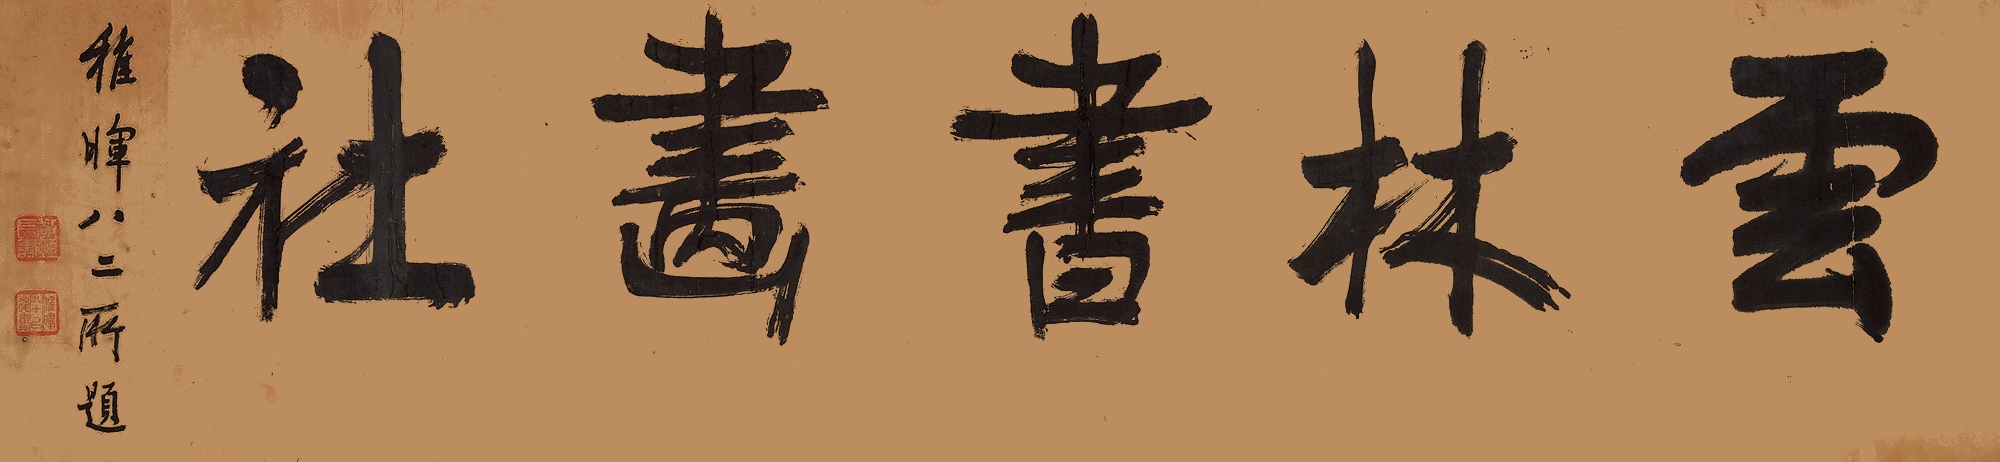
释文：云林书画社。稚晖八二所题。